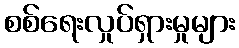
စစ်ရေးလှုပ်ရှားမှုများ